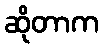
ဆိုတာက